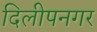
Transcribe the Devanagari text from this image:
दिलीपनगर